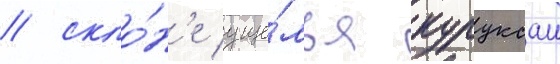
/ скло́н'е уще́лья куруксаи